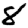
Digit: 8